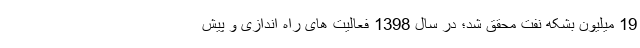
19 میلیون بشکه نفت محقق شد؛ در سال 1398 فعالیت های راه اندازی و پیش